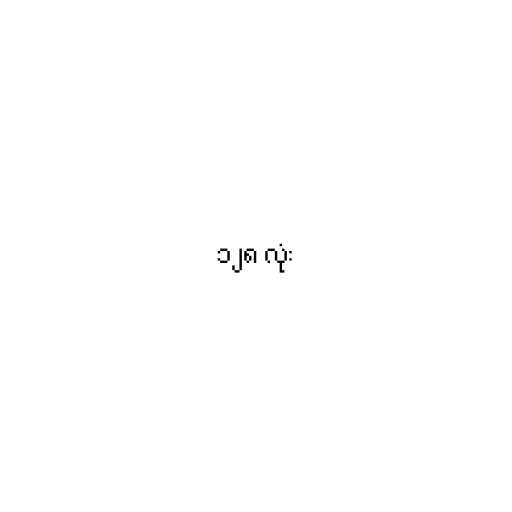
၁၂၈ လုံး